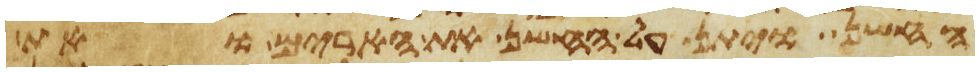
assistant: החשן ויתן על החשן את הארים ואת